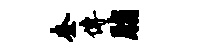
奎传脂